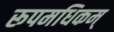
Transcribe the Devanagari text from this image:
रूपमधिकम्